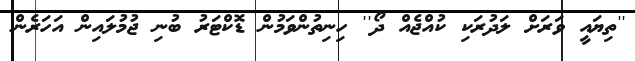
''ތިޔައީ ވަރަށް ލަދުރަކި ކުއްޖެއް ދޯ'' ހިނިތުންވަމުން ޑޮކްޓަރު ބުނި ޖުމުލައިން އަހަރެން